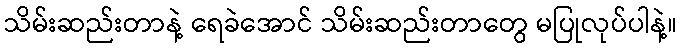
သိမ်းဆည်းတာနဲ့ ရေခဲအောင် သိမ်းဆည်းတာတွေ မပြုလုပ်ပါနဲ့။